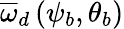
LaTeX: \overline{{\omega}}_{d}\left(\psi_{b},\theta_{b}\right)